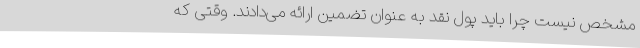
مشخص نیست چرا باید پول نقد به عنوان تضمین ارائه می‌دادند. وقتی که